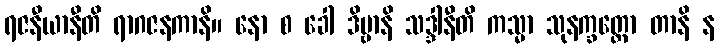
ရဇနီယာနီတိ ရာဂဇနကာနိ။ နော စ ခေါ ဒိဗ္ဗာနိ သဒ္ဒါနီတိ ကသ္မာ သုနက္ခတ္တော တာနိ န